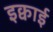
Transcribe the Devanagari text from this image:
इक्वाई